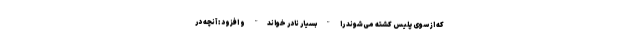
که از سوی پلیس کشته می‌شوند را "بسیار نادر خواند" و افزود : آنچه در